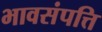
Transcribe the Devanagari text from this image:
भावसंपत्ति